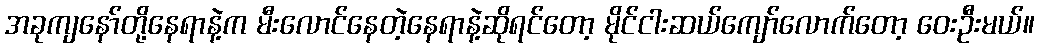
အခုကျနော်တို့နေရာနဲ့က မီးလောင်နေတဲ့နေရာနဲ့ဆိုရင်တော့ မိုင်ငါးဆယ်ကျော်လောက်တော့ ဝေးဦးမယ်။